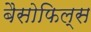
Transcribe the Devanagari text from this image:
बैसोफिल्स